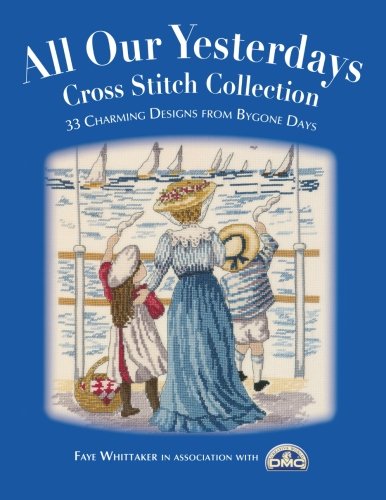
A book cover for All Our Yesterdays Cross Stitch Collection: 33 Charming Designs from Bygone Days; Faye Whittaker; Crafts, Hobbies & Home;